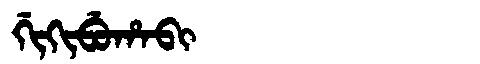
Manchu: ᡤᡳᡴᡳᠪᡠᡥᠠᠪᡳ
Romanization: GIKIBUHABI